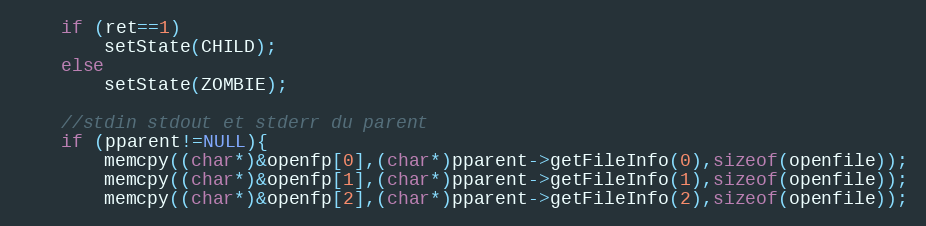
Language: C++
	if (ret==1)
		setState(CHILD);
	else
		setState(ZOMBIE);

	//stdin stdout et stderr du parent
	if (pparent!=NULL){
		memcpy((char*)&openfp[0],(char*)pparent->getFileInfo(0),sizeof(openfile));
		memcpy((char*)&openfp[1],(char*)pparent->getFileInfo(1),sizeof(openfile));
		memcpy((char*)&openfp[2],(char*)pparent->getFileInfo(2),sizeof(openfile));